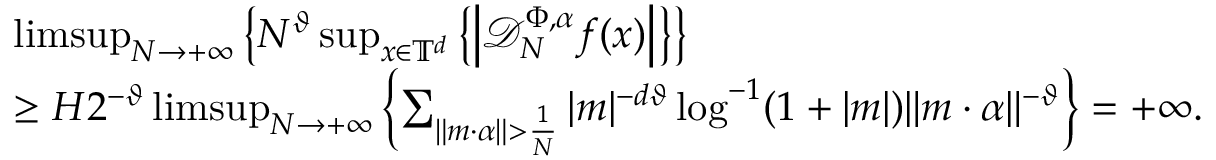
\begin{array} { r l } & { \operatorname* { l i m s u p } _ { N \to + \infty } \left\{ N ^ { \vartheta } \operatorname* { s u p } _ { x \in \mathbb { T } ^ { d } } \left\{ \left| \mathcal D _ { N } ^ { \Phi , \alpha } f ( x ) \right| \right\} \right\} } \\ & { \geq H 2 ^ { - \vartheta } \operatorname* { l i m s u p } _ { N \to + \infty } \left\{ \sum _ { \| m \cdot \alpha \| > \frac { 1 } { N } } | m | ^ { - d \vartheta } \log ^ { - 1 } ( 1 + | m | ) \| m \cdot \alpha \| ^ { - \vartheta } \right\} = + \infty . } \end{array}